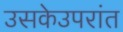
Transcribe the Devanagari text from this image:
उसकेउपरांत